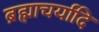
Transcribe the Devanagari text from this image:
ब्रह्माचर्यादि